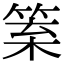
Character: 𥮧